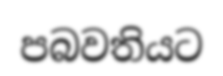
පබවතියට